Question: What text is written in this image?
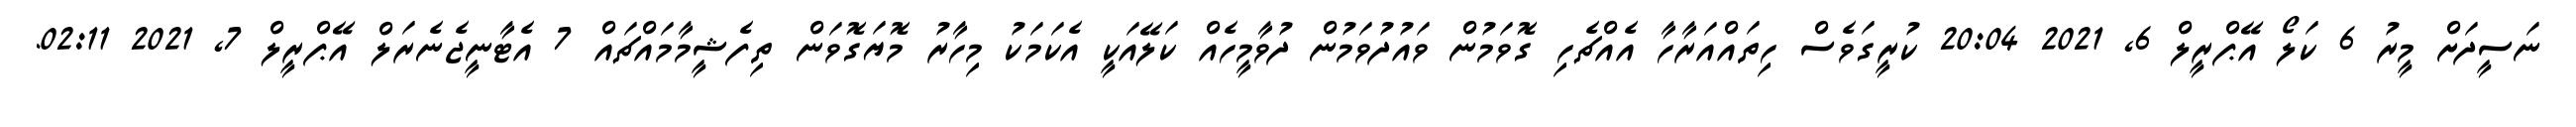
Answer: ނަސީދަށް މީރު 6 ކަލޯ އޭޕްރީލް 6, 2021 20:04 ކުރީގަވެސް ހިތައްއަރާހާ އެއްޗެހި ގޮވަމުން ވައުދުވަމުން ދުވާމީހެއް ކަލޭއަކީ އެކަމަކު މިހާރު މޮޔަގޮވަން ތިފެޝީމާމައްޗައް 7 އެޓާނީޖެނެރަލް އޭޕްރީލް 7, 2021 02:11.